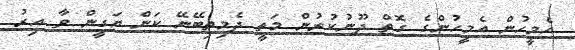
އެމީހުން އެމީހުންގެ ގޮތް ދޫނުކުރުން މަތީ ދެމިތިބޭނޭ ކަން ޔަގީން ވާ އިރު